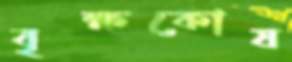
বৃক্ষকোষ